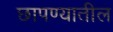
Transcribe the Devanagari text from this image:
छापण्यातील